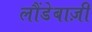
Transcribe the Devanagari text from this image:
लौंडेबाज़ी